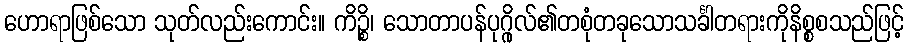
ဟောရာဖြစ်သော သုတ်လည်းကောင်း။ ကိဉ္စိ၊ သောတာပန်ပုဂ္ဂိုလ်၏တစုံတခုသောသင်္ခါတရားကိုနိစ္စစသည်ဖြင့်